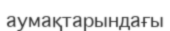
аумақтарындағы